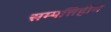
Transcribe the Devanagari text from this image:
सम्पत्तिहीन